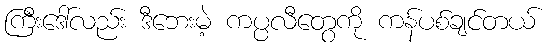
ကြီးဒေါ်လည်း ဒီဘေးမဲ့ ကပ္ပလီတွေကို ကန်ပစ်ချင်တယ်